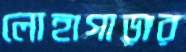
লোহাগাড়ার